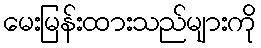
မေးမြန်းထားသည်များကို